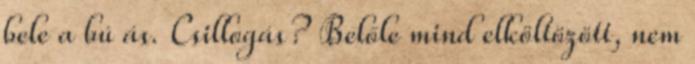
bele a bú ás. Csillogás? Belőle mind elköltözött, nem